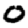
Digit: 0